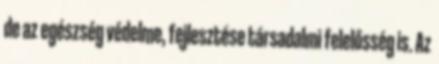
de az egészség védelme, fejlesztése társadalmi felelősség is. Az